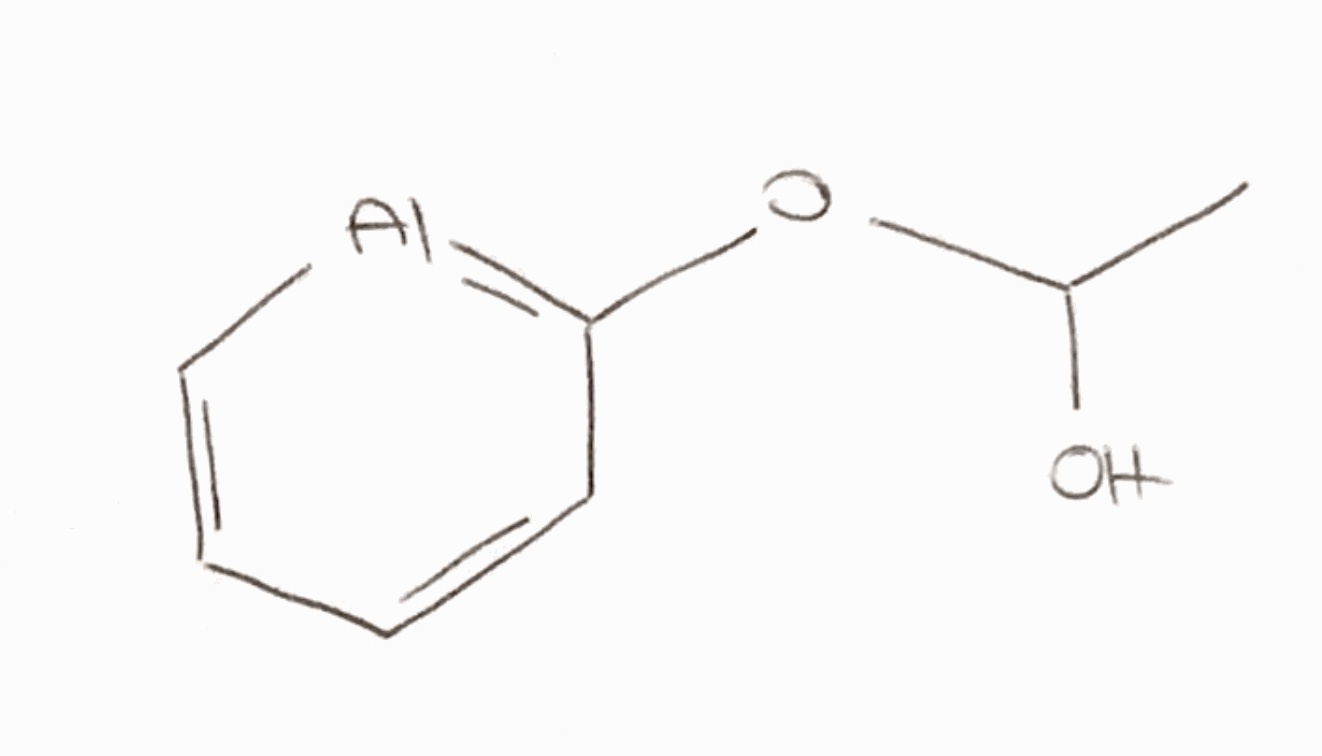
Simplified molecular-input line-entry system (SMILES) notation of the given molecule:
CC(O)OC1=[Al]C=CC=C1